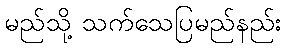
မည်သို့ သက်သေပြမည်နည်း